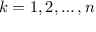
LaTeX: k = 1 , 2 , \ldots , n